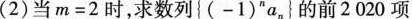
(2)当m=2时，求数列{(-1)^na_n}的前2020项